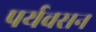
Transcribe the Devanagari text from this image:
पर्यवसन